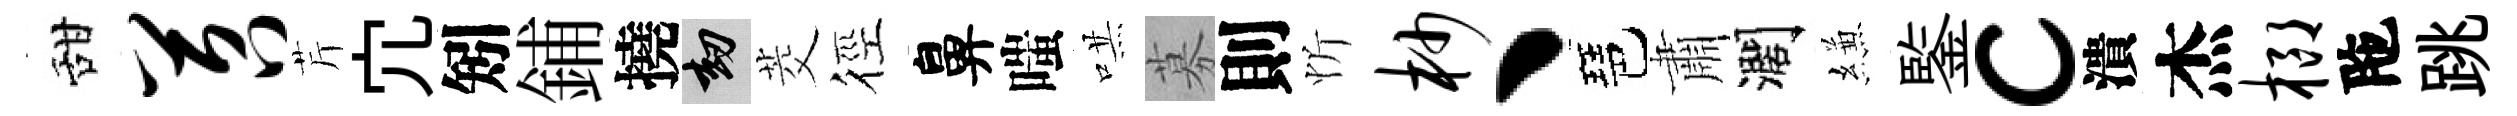
甜苕芹宂矧鋪撓劫茭徑鼻嗤哄募則忻杪丶琶肅濶縑鍳c潰杰榔陁跳